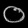
Digit: ၀